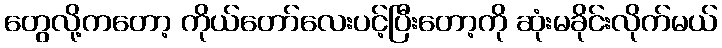
တွေလို့ကတော့ ကိုယ်တော်လေးပင့်ပြီးတော့ကို ဆုံးမခိုင်းလိုက်မယ်